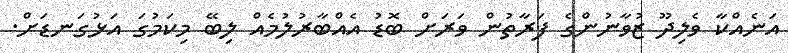
އަނެއްކާ ވެލިދޫ ޒުވާނުންގެ ފަރާތުން ވަރަށް ބޮޑު އެއްބާރުލުމެއް ލިބޭ މިކަމުގަ އަޅުގަނޑަށް.